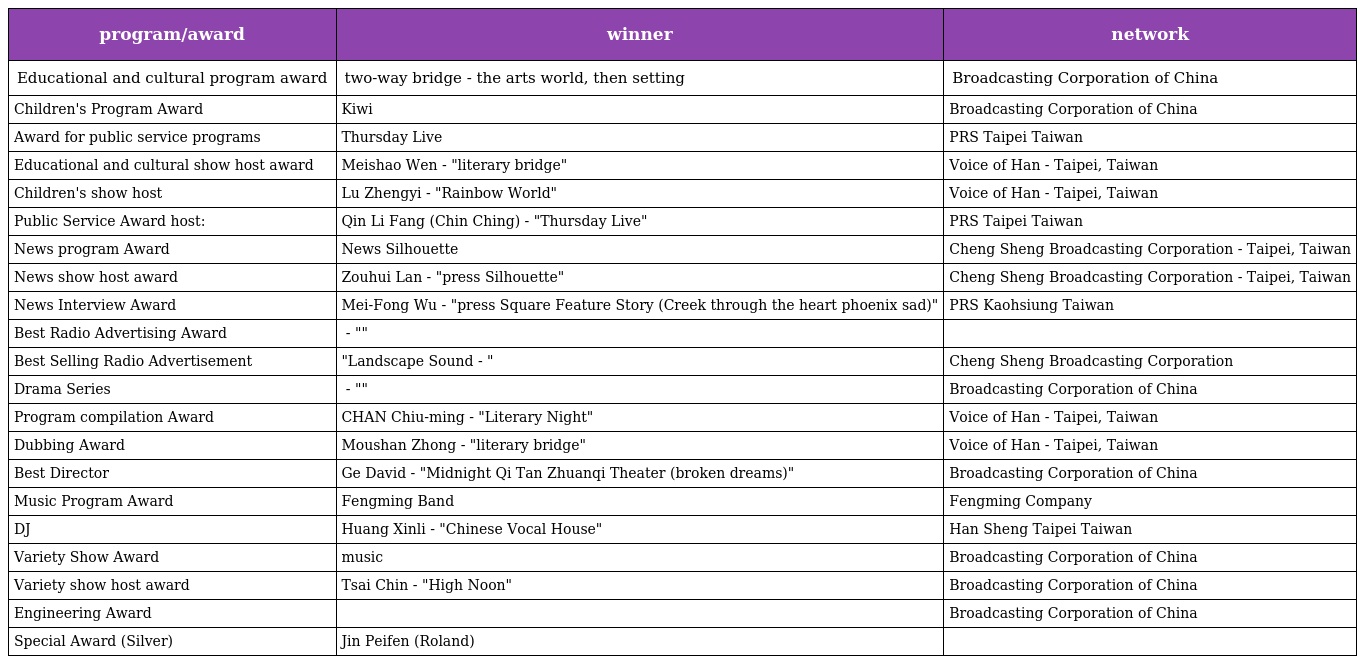
| program/award | winner | network |
 | --- | --- | --- |
 | Educational and cultural program award | two-way bridge - the arts world, then setting | Broadcasting Corporation of China |
 | Children's Program Award | Kiwi | Broadcasting Corporation of China |
 | Award for public service programs | Thursday Live | PRS Taipei Taiwan |
 | Educational and cultural show host award | Meishao Wen - "literary bridge" | Voice of Han - Taipei, Taiwan |
 | Children's show host | Lu Zhengyi - "Rainbow World" | Voice of Han - Taipei, Taiwan |
 | Public Service Award host: | Qin Li Fang (Chin Ching) - "Thursday Live" | PRS Taipei Taiwan |
 | News program Award | News Silhouette | Cheng Sheng Broadcasting Corporation - Taipei, Taiwan |
 | News show host award | Zouhui Lan - "press Silhouette" | Cheng Sheng Broadcasting Corporation - Taipei, Taiwan |
 | News Interview Award | Mei-Fong Wu - "press Square Feature Story (Creek through the heart phoenix sad)" | PRS Kaohsiung Taiwan |
 | Best Radio Advertising Award | 孝順父母 - "給父母的愛要捨得" | 文己國際企業 |
 | Best Selling Radio Advertisement | "Landscape Sound - 貝多芬的遺憾" | Cheng Sheng Broadcasting Corporation |
 | Drama Series | 宋轅田 - "午夜奇譚傳奇劇場（空墳奇案）" | Broadcasting Corporation of China |
 | Program compilation Award | CHAN Chiu-ming - "Literary Night" | Voice of Han - Taipei, Taiwan |
 | Dubbing Award | Moushan Zhong - "literary bridge" | Voice of Han - Taipei, Taiwan |
 | Best Director | Ge David - "Midnight Qi Tan Zhuanqi Theater (broken dreams)" | Broadcasting Corporation of China |
 | Music Program Award | Fengming Band | Fengming Company |
 | DJ | Huang Xinli - "Chinese Vocal House" | Han Sheng Taipei Taiwan |
 | Variety Show Award | music | Broadcasting Corporation of China |
 | Variety show host award | Tsai Chin - "High Noon" | Broadcasting Corporation of China |
 | Engineering Award | 蕭文合、許錦海 蕭全林 | Broadcasting Corporation of China |
 | Special Award (Silver) | Jin Peifen (Roland) |  |